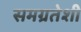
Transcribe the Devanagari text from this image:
समग्रतेशी